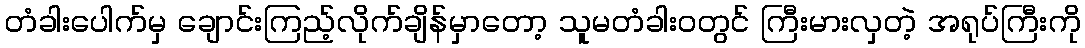
တံခါးပေါက်မှ ချောင်းကြည့်လိုက်ချိန်မှာတော့ သူမတံခါး၀တွင် ကြီးမားလှတဲ့ အရုပ်ကြီးကို